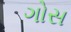
ગોસ